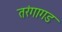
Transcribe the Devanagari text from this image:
तरंगागड